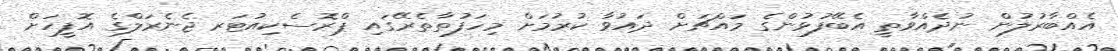
އެއްބާރުލުން ނުދެއްވާތީ އެބޭފުޅުންގެ މައްޗަށް ދައުވާ ކުރުމަށް މިހަފުތާތެރޭގައި ޕްރޮސެކިއުޓަރ ޖެނެރަލްގެ އޮފީހަށް